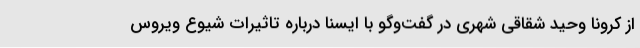
از کرونا وحید شقاقی شهری در گفت‌وگو با ایسنا درباره تاثیرات شیوع ویروس